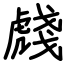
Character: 虥